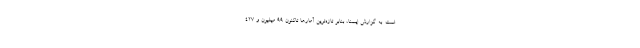
است. به گزارش ایسنا، بنابر تازه‌ترین آمارها تاکنون ۹۹ میلیون و ۴۲۷